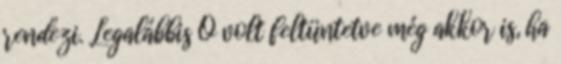
rendezi. Legalábbis Ő volt feltüntetve még akkor is, ha